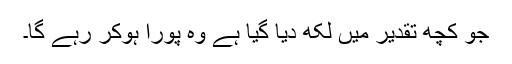
جو کچھ تقدیر میں لکھ دیا گیا ہے وہ پورا ہوکر رہے گا۔